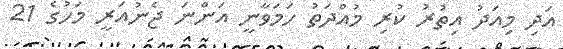
އަދި މިއަދު އިތުރު ކުރި މުއްދަތު ހަމަވާނީ އަންނަ ޖެނުއަރީ މަހުގެ 21